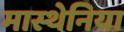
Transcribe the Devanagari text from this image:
मास्थेनिया